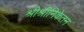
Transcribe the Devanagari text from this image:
श्रीश्रीनिकेतन